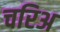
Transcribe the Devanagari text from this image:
चरिअ